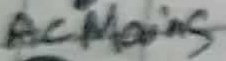
Text: AC Mains